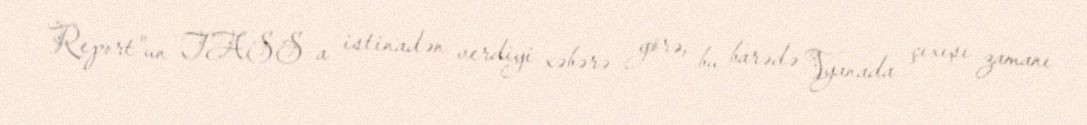
Report"un TASS-a istinadən verdiyi xəbərə görə, bu barədə Vyanada çıxışı zamanı